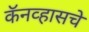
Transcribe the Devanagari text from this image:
कॅनव्हासचे